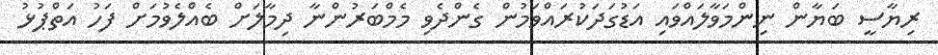
ރިޔާސީ ބަޔާން ނިންމަވާލައްވައި އަޑުގަދަކުރައްވަމުން ގެންދެވި މެމްބަރުންނާ ދިމާލަށް ބެއްލެވުމަށް ފަހު އަތްޕުޅު